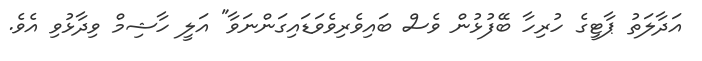
އަދާލަތު ޕާޓީގެ ހުރިހާ ބޭފުޅުން ވެސް ބައިވެރިވެވަޑައިގަންނަވާ" އަލީ ހާޝިމް ވިދާޅުވި އެވެ.